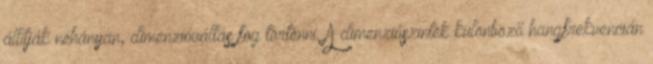
állítják néhányan, dimenzióváltás fog történni. A dimenziószintek különböző hangfrekvencián